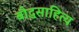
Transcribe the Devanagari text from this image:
बौद्धसाहित्य